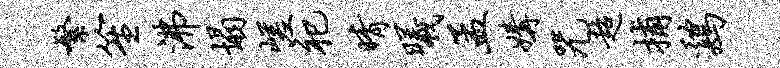
繁笙沸塌嵯祀晴曦孟媾咒超捕鸡